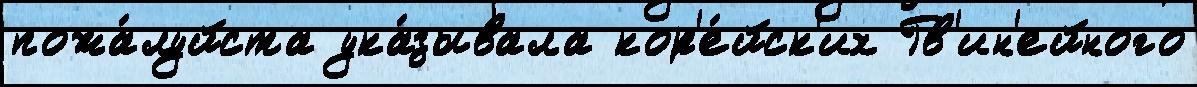
пожа́луйста ука́зывала кор'е́йск'их Гв'ин'ейного